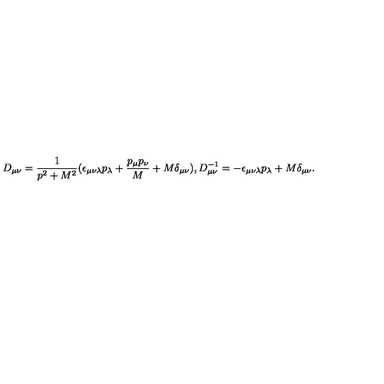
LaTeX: D _ { \mu \nu } = \frac { 1 } { p ^ { 2 } + M ^ { 2 } } ( \epsilon _ { \mu \nu \lambda } p _ { \lambda } + \frac { p _ { \mu } p _ { \nu } } { M } + M \delta _ { \mu \nu } ) , { } D _ { \mu \nu } ^ { - 1 } = - \epsilon _ { \mu \nu \lambda } p _ { \lambda } + M \delta _ { \mu \nu } .